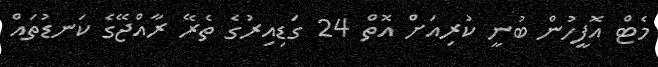
މެޓް އޮފީހުން ބުނީ ކުރިއަށް އޮތް 24 ގަޑިއިރުގެ ތެރޭ ރާއްޖޭގެ ކަނޑުތައް